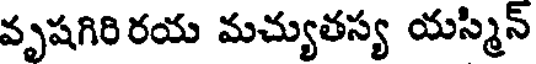
వృషగిరి రయ మచ్యుతస్య యస్మిన్